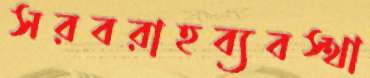
সরবরাহব্যবস্থা